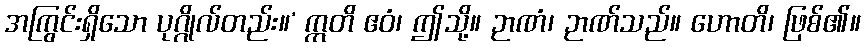
အကြွင်းရှိသော ပုဂ္ဂိုလ်တည်း။’ ဣတိ ဧဝံ၊ ဤသို့။ ဉာဏံ၊ ဉာဏ်သည်။ ဟောတိ၊ ဖြစ်၏။